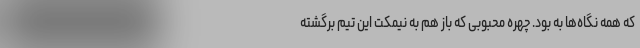
که همه نگاه‌ها به بود. چهره محبوبی که باز هم به نیمکت این تیم برگشته